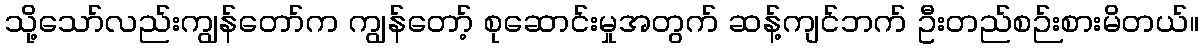
သို့သော်လည်းကျွန်တော်က ကျွန်တော့် စုဆောင်းမှုအတွက် ဆန့်ကျင်ဘက် ဦးတည်စဉ်းစားမိတယ်။